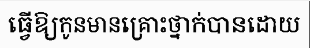
ធ្វើឱ្យកូនមានគ្រោះថ្នាក់បានដោយ